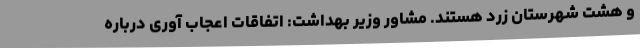
و هشت شهرستان زرد هستند. مشاور وزیر بهداشت: اتفاقات اعجاب‌ آوری درباره